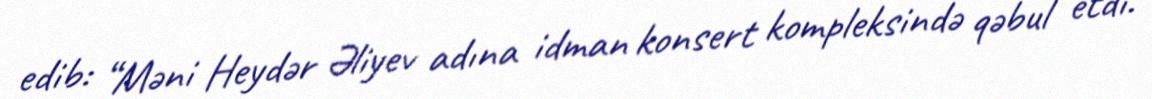
edib: “Məni Heydər Əliyev adına idman konsert kompleksində qəbul etdi.